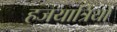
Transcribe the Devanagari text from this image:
हजयात्रियों